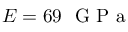
E = 6 9 ~ \mathrm { ~ G ~ P ~ a ~ }